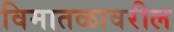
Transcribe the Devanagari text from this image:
विमातळावरील